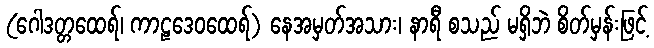
(ဂေါဒတ္တထေရ်၊ ကာဠဒေဝထေရ်) နေအမှတ်အသား၊ နာရီ စသည် မရှိဘဲ စိတ်မှန်းဖြင့်